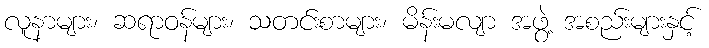
လူနာများ၊ ဆရာဝန်များ၊ သတင်းစာများ၊ မိန်းမလျာ အဖွဲ့ အစည်းများနှင့်